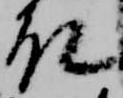
殿